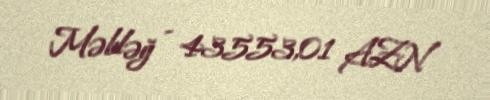
Məbləğ - 43553,01 AZN